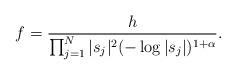
\begin{align*}f= \frac{h}{\prod_{j=1}^N \vert s_j\vert^2 (-\log \vert s_j\vert)^{1+\alpha}}.\end{align*}